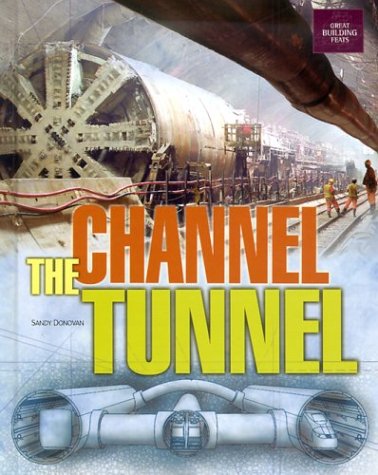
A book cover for The Channel Tunnel (Great Building Feats); Sandra Donovan; Children's Books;